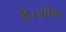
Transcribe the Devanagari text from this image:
है।शोथ